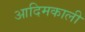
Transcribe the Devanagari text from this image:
आदिमकाली